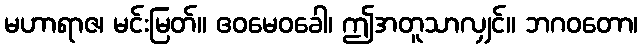
မဟာရာဇ၊ မင်းမြတ်။ ဧဝမေဝခေါ၊ ဤအတူသာလျှင်။ ဘဂဝတော၊